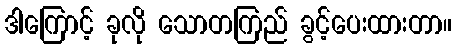
ဒါကြောင့် ခုလို သောတကြည် ခွင့်ပေးထားတာ။